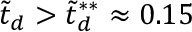
\tilde { t } _ { d } > \tilde { t } _ { d } ^ { * * } \approx 0 . 1 5